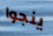
ينجوا